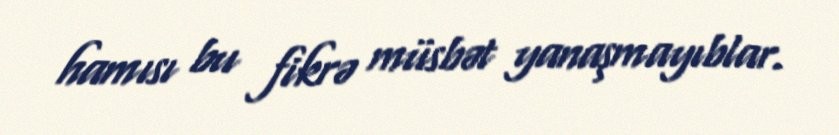
hamısı bu fikrə müsbət yanaşmayıblar.